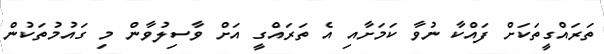
ތަރައްގީތަކަށް ފައްކާ ނުވާ ކަމަށާއި އެ ތަރައްގީ އަށް ވާސިލުވާން މި ގައުމުތަކުން